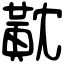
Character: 黆